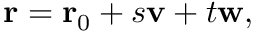
\mathbf { r } = \mathbf { r } _ { 0 } + s \mathbf { v } + t \mathbf { w } ,